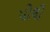
પોલી